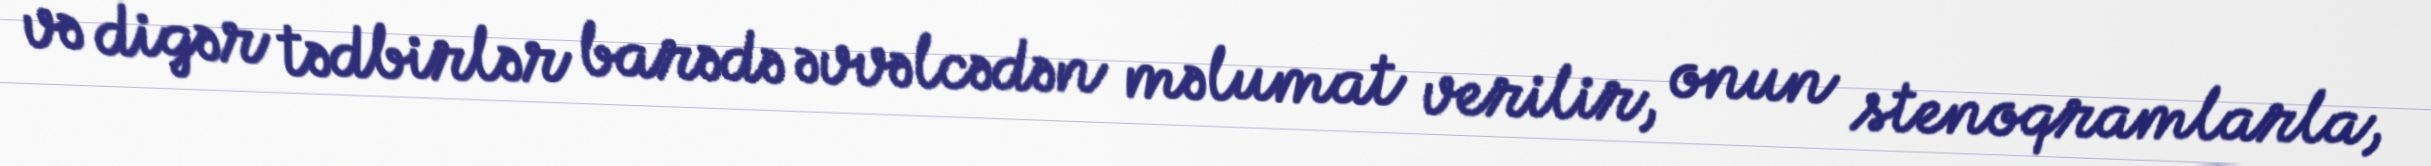
və digər tədbirlər barədə əvvəlcədən məlumat verilir, onun stenoqramlarla,